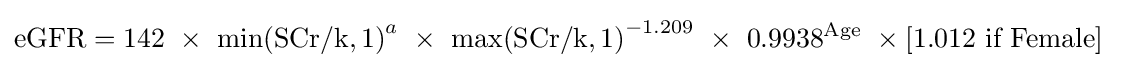
\mathrm {eGFR} =142\ \times \ \mathrm {\min(SCr/k,1)} ^{a}\ \times \ \mathrm {\max(SCr/k,1)} ^{-1.209}\ \times \ 0.9938^{\text{Age}}\ \times {\text{[1.012 if Female]}}\